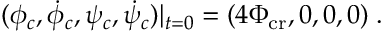
( \phi _ { c } , \dot { \phi } _ { c } , \psi _ { c } , \dot { \psi } _ { c } ) | _ { t = 0 } = ( 4 \Phi _ { \mathrm { c r } } , 0 , 0 , 0 ) \; .